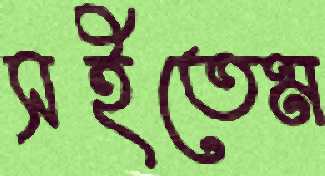
সইতেম